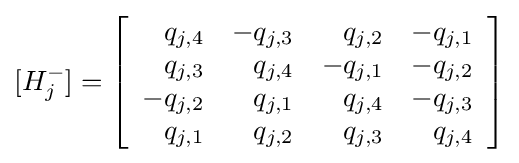
[H_{j}^{-}]=\left[{\begin{array}{rrrr}q_{j,4}&-q_{j,3}&q_{j,2}&-q_{j,1}\\q_{j,3}&q_{j,4}&-q_{j,1}&-q_{j,2}\\-q_{j,2}&q_{j,1}&q_{j,4}&-q_{j,3}\\q_{j,1}&q_{j,2}&q_{j,3}&q_{j,4}\\\end{array}}\right]